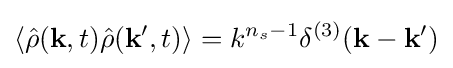
\langle {\hat {\rho }}(\mathbf {k} ,t){\hat {\rho }}(\mathbf {k} ',t)\rangle =k^{n_{s}-1}\delta ^{(3)}(\mathbf {k} -\mathbf {k'} )